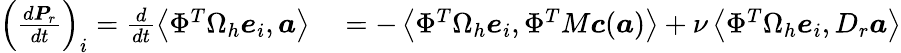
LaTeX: \begin{array}{rl}{\left(\frac{d\boldsymbol{P}_{r}}{dt}\right)_{i}=\frac{d}{dt}\left<\Phi^{T}\Omega_{h}\boldsymbol{e}_{i},\boldsymbol{a}\right>}&{{}=-\left<\Phi^{T}\Omega_{h}\boldsymbol{e}_{i},\Phi^{T}M\boldsymbol{c}(\boldsymbol{a})\right>+\nu\left<\Phi^{T}\Omega_{h}\boldsymbol{e}_{i},D_{r}\boldsymbol{a}\right>}\end{array}